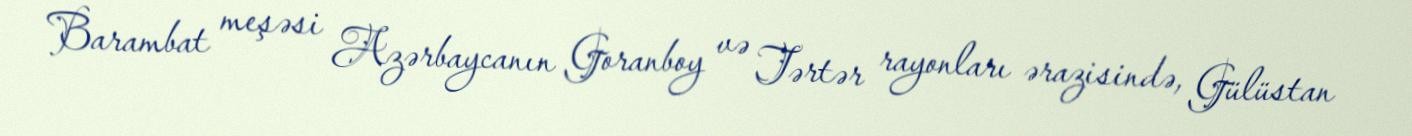
Barambat meşəsi Azərbaycanın Goranboy və Tərtər rayonları ərazisində, Gülüstan